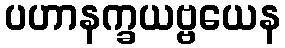
ပဟာနက္ခယဗ္ဗယေန